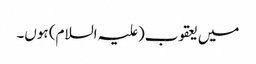
میں یعقوب(علیہ السلام) ہوں۔